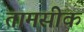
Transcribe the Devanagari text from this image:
तामसीक